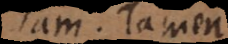
Tam. Tamen.